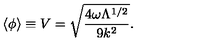
\langle \phi \rangle \equiv V = \sqrt { \frac { 4 \omega \Lambda ^ { 1 / 2 } } { 9 k ^ { 2 } } } .